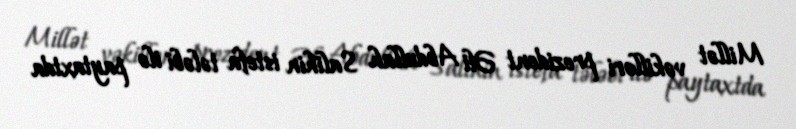
Millət vəkilləri prezident Əli Abdullah Salihin istefa tələbi ilə paytaxtda